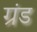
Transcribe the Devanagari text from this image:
ग्रंड